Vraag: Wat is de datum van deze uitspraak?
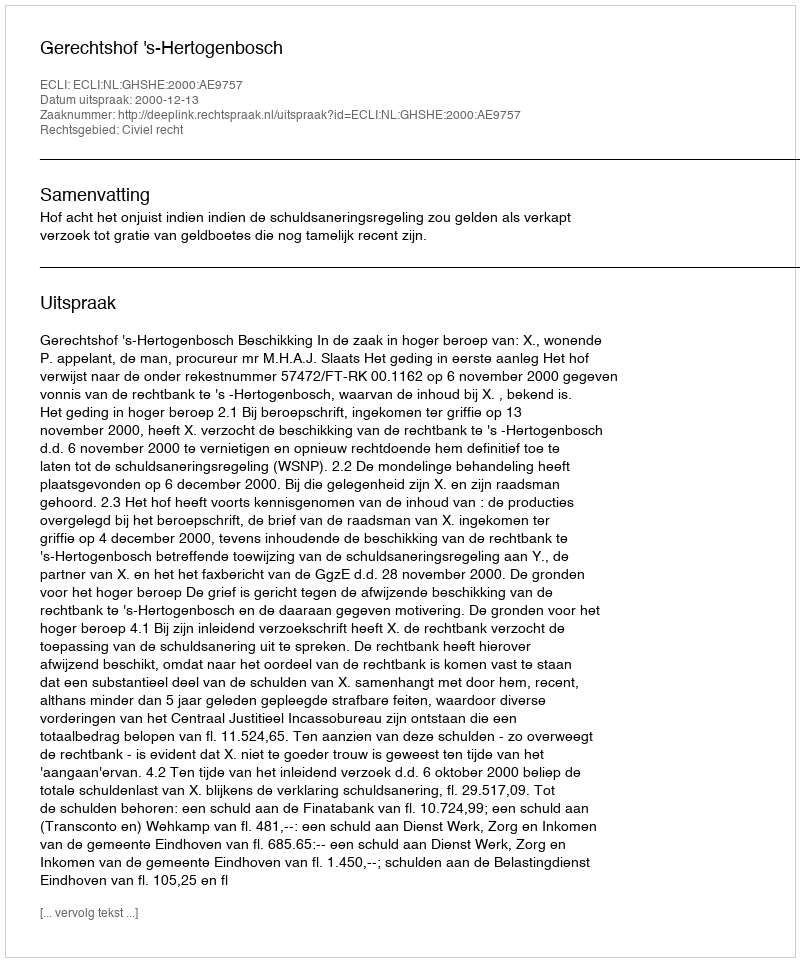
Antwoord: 2000-12-13